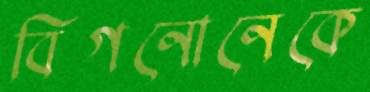
বিগনোনেকে